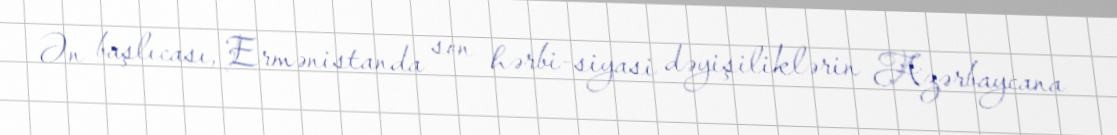
Ən başlıcası, Ermənistanda son hərbi-siyasi dəyişiliklərin Azərbaycana